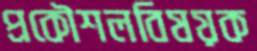
প্রকৌশলবিষয়ক